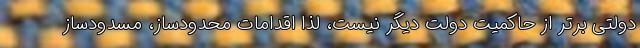
دولتی برتر از حاکمیت دولت دیگر نیست، لذا اقدامات محدودساز، مسدودساز